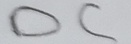
Text: DC